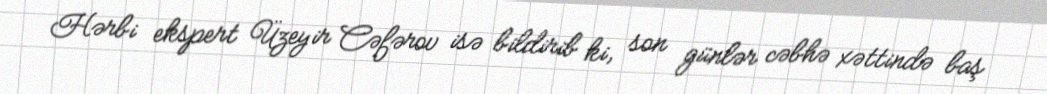
Hərbi ekspert Üzeyir Cəfərov isə bildirib ki, son günlər cəbhə xəttində baş